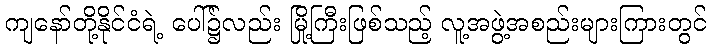
ကျနော်တို့နိုင်ငံရဲ့ ပေါ်၌လည်း မြို့ကြီးဖြစ်သည့် လူ့အဖွဲ့အစည်းများကြားတွင်